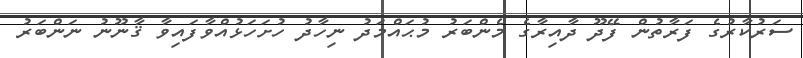
ސަރުކާރުގެ ފަރާތުން ފޭދޫ ދާއިރާގެ މެންބަރު މުޙައްމަދު ނިހާދު ހުށަހަޅުއްވާފައިވާ ޤާނޫނު ނަންބަރު